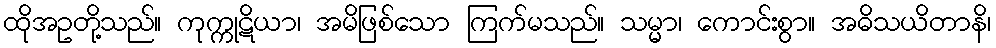
ထိုအဥတို့သည်။ ကုက္ကုဋိယာ၊ အမိဖြစ်သော ကြက်မသည်။ သမ္မာ၊ ကောင်းစွာ။ အဓိသယိတာနိ၊